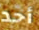
أحد